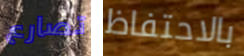
تصارع بالاحتفاظ